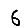
Digit: 6